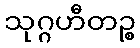
သုဂ္ဂဟီတဉ္စ